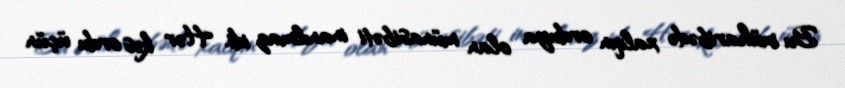
Bu müharibədə xalqın orduya olan münasibəti inanılmaz idi. Hər kəs ordu üçün